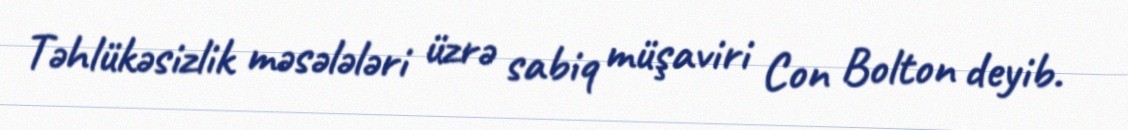
Təhlükəsizlik məsələləri üzrə sabiq müşaviri Con Bolton deyib.